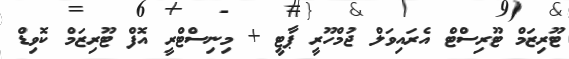
ޓޫރިޒަމް ޓޫރިސްޓް އެރައިވަލް ޖުމްހޫރީ ޕާޓީ + މިނިސްޓްރީ އޮފް ޓޫރިޒަމް ކޮވިޑް